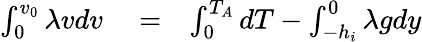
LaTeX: \begin{array}{rlr}{\int_{0}^{v_{0}}\lambda vdv}&{{}=}&{\int_{0}^{T_{A}}dT-\int_{-h_{i}}^{0}\lambda gdy}\end{array}